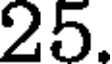
25.